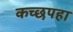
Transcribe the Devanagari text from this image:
कच्छपहा